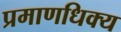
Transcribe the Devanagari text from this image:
प्रमाणधिक्य